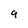
Character: 9